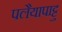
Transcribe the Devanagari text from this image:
पलैयापाट्टु